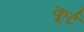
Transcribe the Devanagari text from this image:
कूर्ट